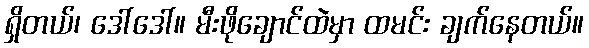
ရှိတယ်၊ ဒေါ်ဒေါ်။ မီးဖိုချောင်ထဲမှာ ထမင်း ချက်နေတယ်။